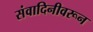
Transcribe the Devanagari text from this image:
संवादिनीवरून